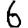
Digit: 6